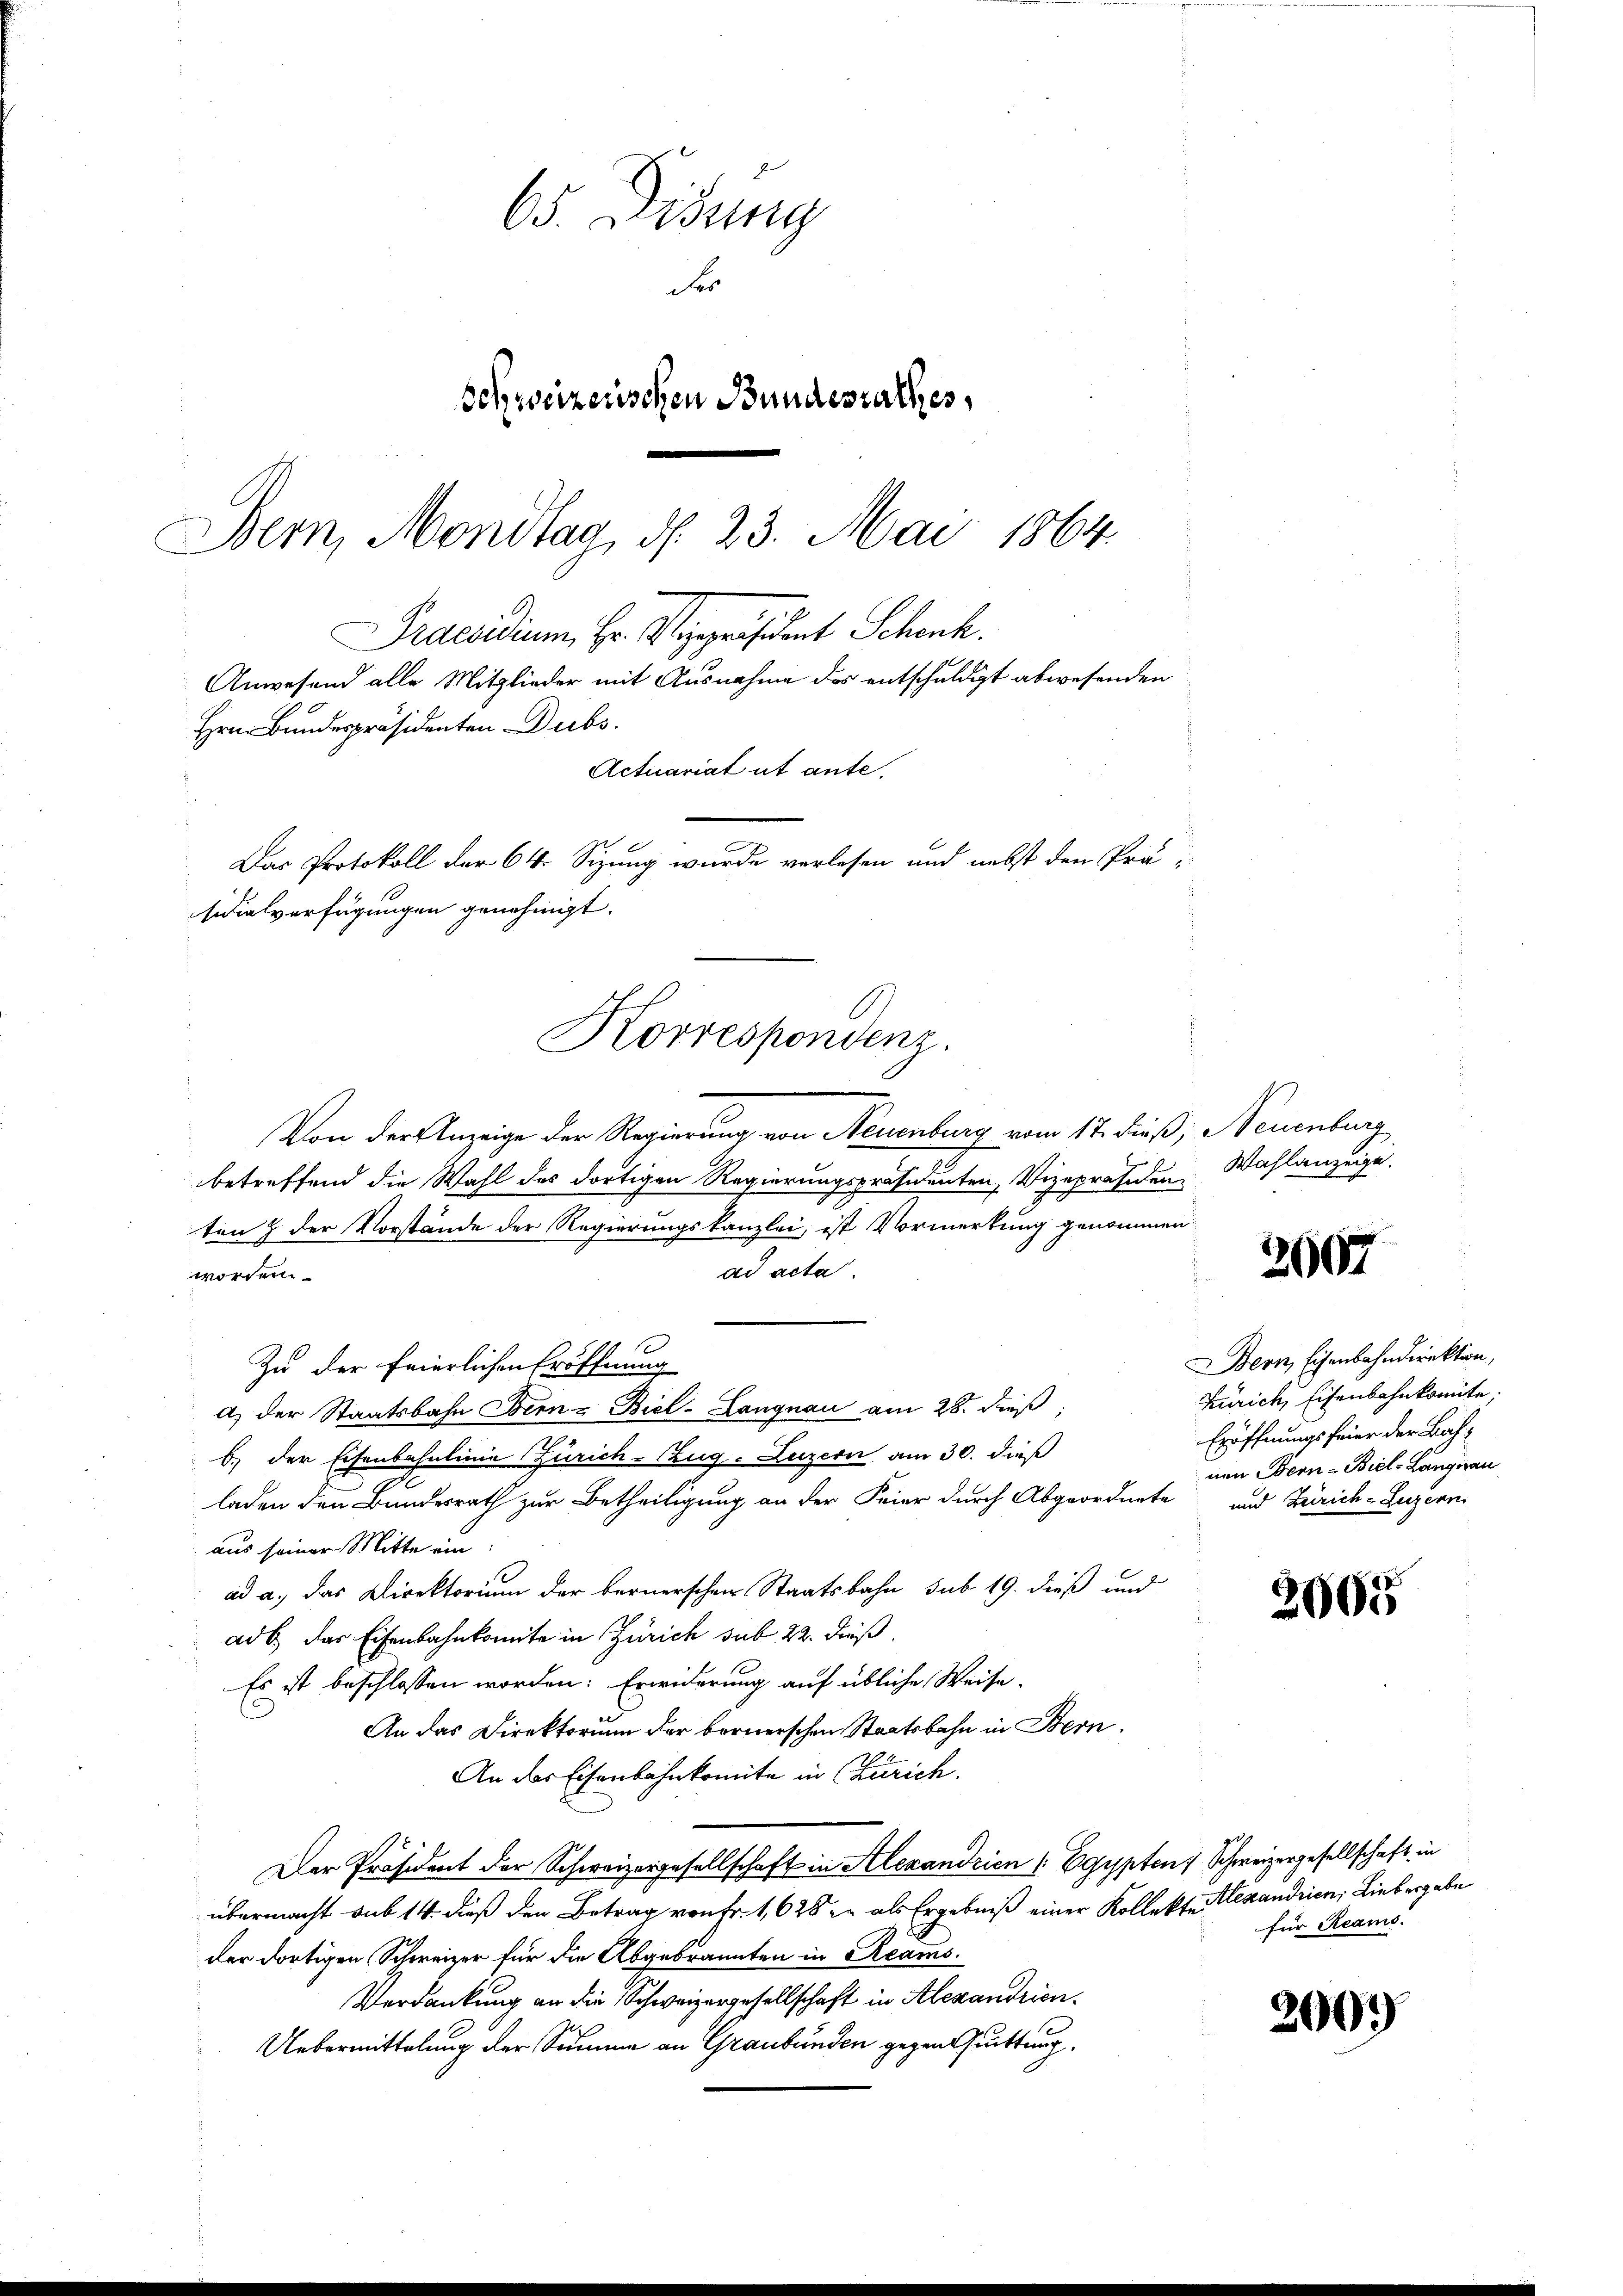
Korrespondenz.

65. Didung
der
Schweizerischen Bundesrathes,
Bern, Mondtag, d. 23. Mai 1864.
Praesidium Hr. Vizepräsident Schenk.
Anwesend alle Mitglieder mit Ausnahme des entschuldigt abwesenden
Hrn. Bundespräsidenten Dubs
Actuariat ut ante.
Das Protokoll der 64. Sizung wurde verlesen und nebst den Prä-
sidialverfügungen genehmigt.

Von der Anzeige der Regierung von Neuenburg vom 17. dieß, Neuenburg
betreffend die Wahl des dortigen Regierungspräsidenten, Vizepräsiden
ten & der Vorstände der Regierungskanzlei, ist Vormerkung genommen
ad acta
worden.
Zu der feierlichen Eröffnung
a) der Staatsbahn Bern Biel-Langnau am 28. dieß,
b. der Eisenbahnlinie Zürich–Zug–Luzern am 30. dieß
laden den Bundesrath zur Betheiligung an der Feier durch Abgeordnete und Zürich-Legern
aus seiner Mitte ein
ad a.) das Direktorium der bernerschen Staatsbahn sub 19. dieß und
ad b. das Eisenbahnkomite in Zürich sub 22. dieß.
Es ist beschlossen worden. Erwiderung auf übliche Weise-
An das Direktorium der bornerschen Staatsbahn in Bern.
An das Eisenbahnkomite in Zürich.
Der Präsident der Schweizergesellschaft in Alexandrien (: Egypten Schweizergesellschaft in
übermacht sub 14. dieß den Betrag von Fr. 1,628 als Ergebniß einer Kollekte Alexandrien, Liebergabe
der dortigen Schweizer für die Abgebrannten in Reams¬
Verdankung an die Schweizergesellschaft in Alexandrien.
Uebermittelung der Summe an Graubünden gegensuittung.

Wahlanzeige.

2607

Bern, Eisenbahndirektion,
Zürich, Eisenbahnkomite,
Eröffnungsfeier der Bahnen Bern - Biel-Langnau

2005

für Reams.

2009